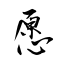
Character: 愿